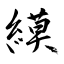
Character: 縸